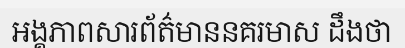
អង្គភាពសារព័ត៌មាននគរមាស ដឹងថា